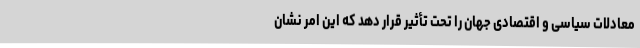
معادلات سیاسی و اقتصادی جهان را تحت تأثیر قرار دهد که این امر نشان